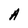
Character: A